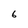
Character: 6